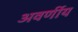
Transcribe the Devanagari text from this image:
अवर्णीय